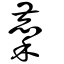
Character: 麇